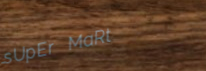
sUpEr MaRt